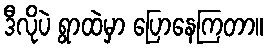
ဒီလိုပဲ ရွာထဲမှာ ပြောနေကြတာ။